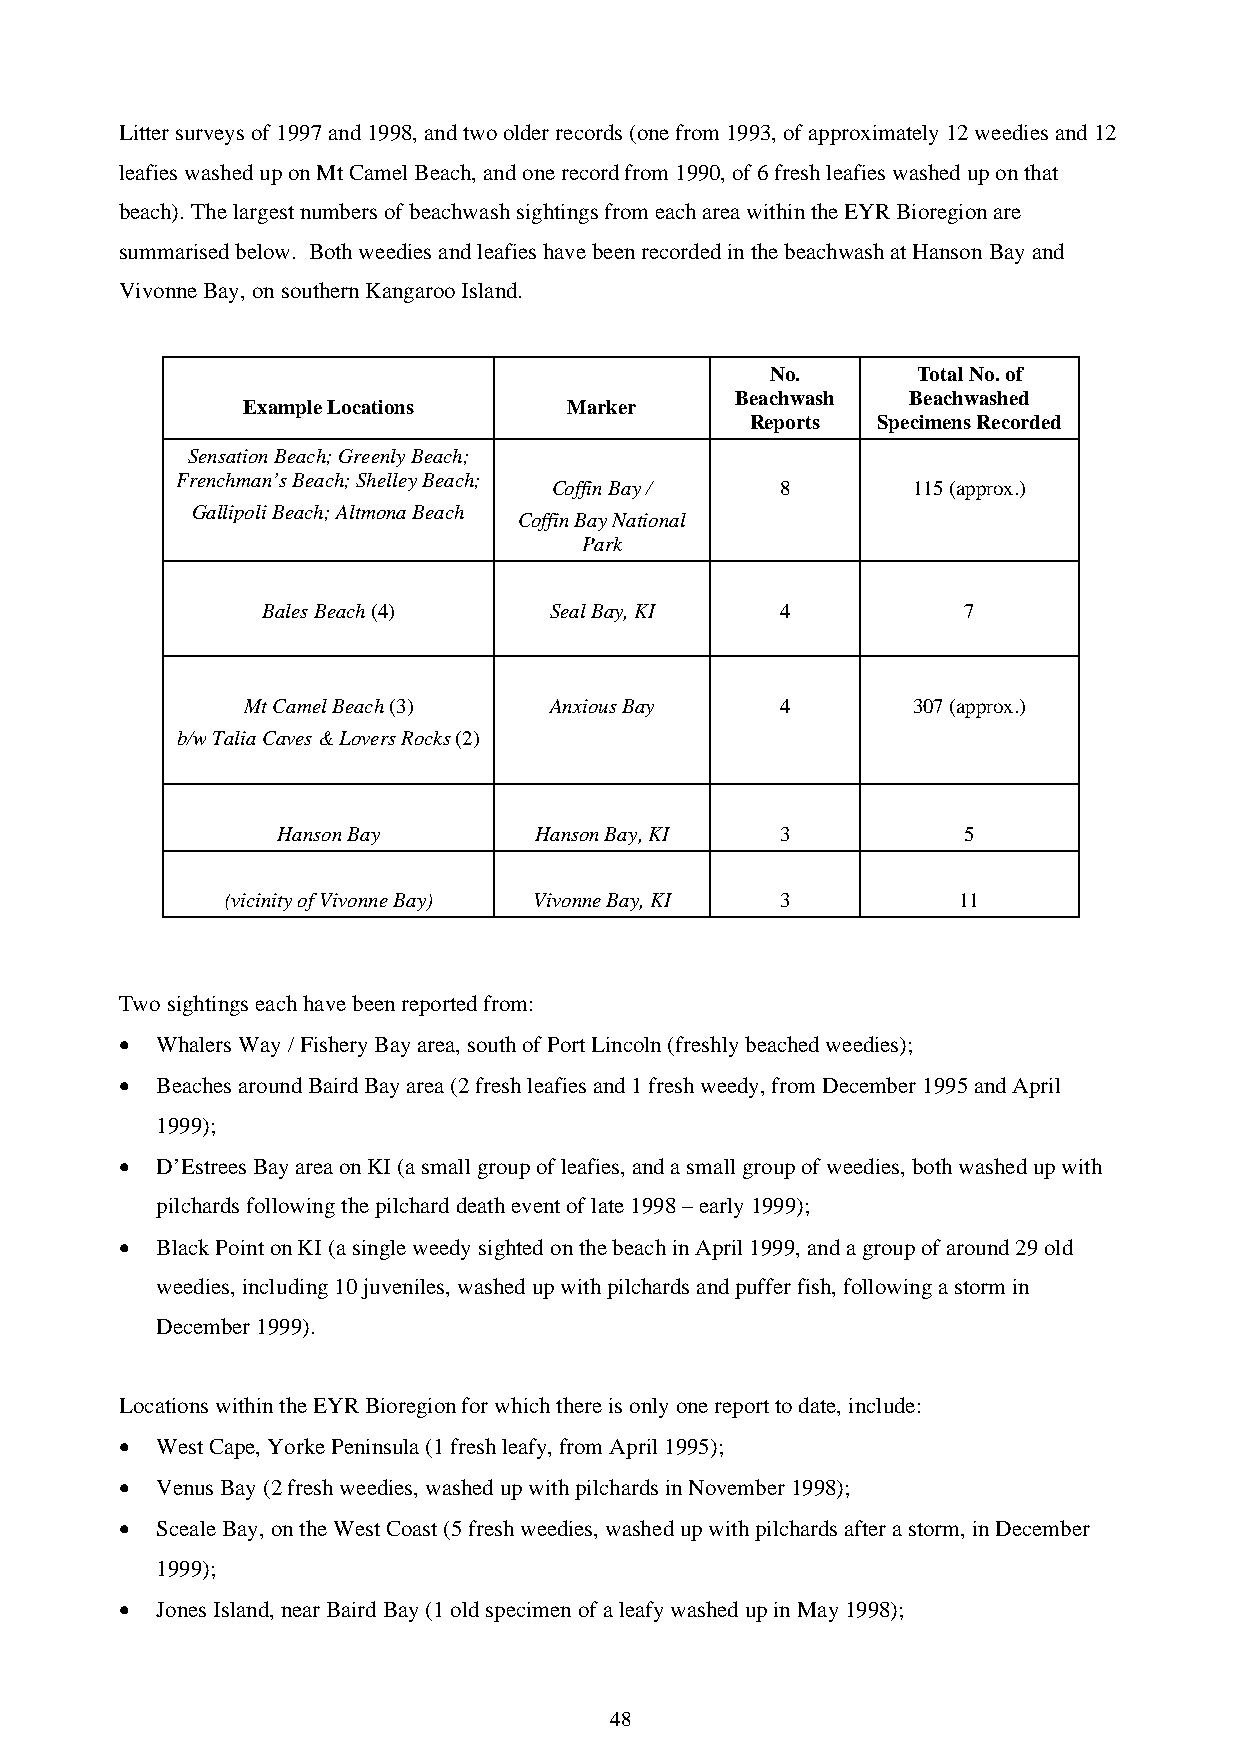
Litter surveys of 1997 and 1998, and two older records (one from 1993, of approximately 12 weedies and 12
 leafies washed up on Mt Camel Beach, and one record from 1990, of 6 fresh leafies washed up on that
 beach). The largest numbers of beachwash sightings from each area within the EYR Bioregion are
 summarised below. Both weedies and leafies have been recorded in the beachwash at Hanson Bay and
 Vivonne Bay, on southern Kangaroo Island.
 No.       Total No. of
 Beachwash  Beachwashed
 Example Locations     Marker
 Reports Specimens Recorded
 Sensation Beach; Greenly Beach;
 Frenchman’s Beach; Shelley Beach;
 Coffin Bay /    8       115 (approx.)
 Gallipoli Beach; Altmona Beach
 Coffin Bay National
 Park
 Bales Beach (4)    Seal Bay, KI    4           7
 Mt Camel Beach (3)  Anxious Bay     4       307 (approx.)
 b/w Talia Caves & Lovers Rocks (2)
 Hanson Bay       Hanson Bay, KI   3           5
 (vicinity of Vivonne Bay) Vivonne Bay, KI 3     11
 Two sightings each have been reported from:
 • Whalers Way / Fishery Bay area, south of Port Lincoln (freshly beached weedies);
 • Beaches around Baird Bay area (2 fresh leafies and 1 fresh weedy, from December 1995 and April
 1999);
 • D’Estrees Bay area on KI (a small group of leafies, and a small group of weedies, both washed up with
 pilchards following the pilchard death event of late 1998 – early 1999);
 • Black Point on KI (a single weedy sighted on the beach in April 1999, and a group of around 29 old
 weedies, including 10 juveniles, washed up with pilchards and puffer fish, following a storm in
 December 1999).
 Locations within the EYR Bioregion for which there is only one report to date, include:
 • West Cape, Yorke Peninsula (1 fresh leafy, from April 1995);
 • Venus Bay (2 fresh weedies, washed up with pilchards in November 1998);
 • Sceale Bay, on the West Coast (5 fresh weedies, washed up with pilchards after a storm, in December
 1999);
 • Jones Island, near Baird Bay (1 old specimen of a leafy washed up in May 1998);
 48